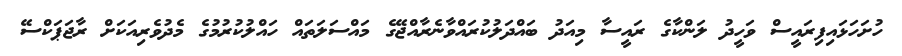
ހުށަހަޅައިފިރައީސް ވަހީދު ލަންކާގެ ރައީސާ މިއަދު ބައްދަލުކުރައްވާނެރާއްޖޭގެ މައްސަލަތައް ހައްލުކުރުމުގެ މެދުވެރިއަކަށް ރާޖަޕަކްސޭ